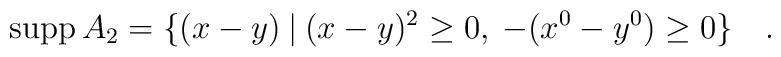
{\mbox {supp}} \, A_2 =\{(x-y)\>|\>(x-y)^2\ge 0,\> -(x^0-y^0)\ge 0\} \quad.